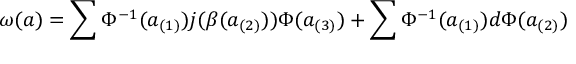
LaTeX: \omega ( a ) = \sum \Phi ^ { - 1 } ( a _ { ( 1 ) } ) j ( \beta ( a _ { ( 2 ) } ) ) \Phi ( a _ { ( 3 ) } ) + \sum \Phi ^ { - 1 } ( a _ { ( 1 ) } ) d \Phi ( a _ { ( 2 ) } )